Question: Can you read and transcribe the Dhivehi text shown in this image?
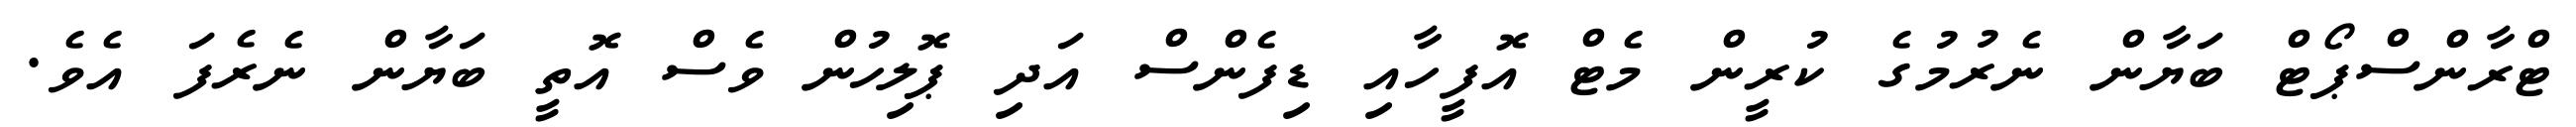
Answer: ޓްރާންސްޕޯޓް ބަޔާން ނެރުމުގެ ކުރީން މެޓް އޮފީހާއި ޑިފެންސް އަދި ޕޮލިހުން ވެސް އޮތީ ބަޔާން ނެރެފަ އެވެ.